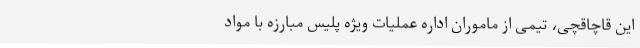
این قاچاقچی، تیمی از ماموران اداره عملیات ویژه پلیس مبارزه با مواد